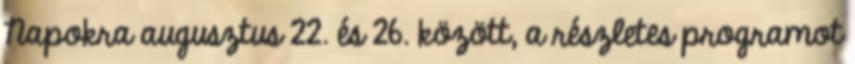
Napokra augusztus 22. és 26. között, a részletes programot